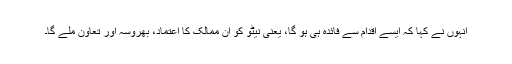
انہوں نے کہا کہ ایسے اقدام سے فائدہ ہی ہو گا، یعنی نیٹو کو ان ممالک کا اعتماد، بھروسہ اور تعاون ملے گا۔